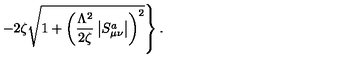
\left. - 2 \zeta \sqrt { 1 + \left( \frac { \Lambda ^ { 2 } } { 2 \zeta } \left| S _ { \mu \nu } ^ { a } \right| \right) ^ { 2 } } \right\} .